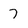
Character: 7